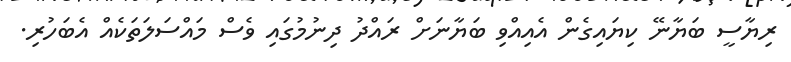
ރިޔާސީ ބަޔާނޭ ކިޔައިގެން އެއިއްވި ބަޔާނަށް ރައްދު ދިނުމުގައި ވެސް މައްސަލަތަކެއް އެބަހުރި.